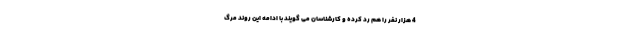
4 هزار نفر را هم رد کرده و کارشناسان می گویند با ادامه این روند مرگ